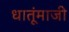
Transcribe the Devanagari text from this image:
धातूंमाजी